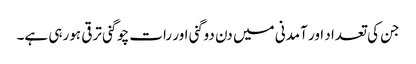
جن کی تعداد اور آمدنی میں دن دوگنی اور رات چوگنی ترقی ہورہی ہے۔